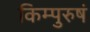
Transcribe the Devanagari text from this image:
किम्पुरुषं